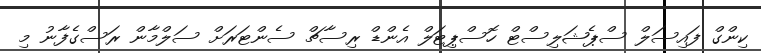
ކިންގް ފައިސަލް ސްޕެޝަލިސްޓް ހޮސްޕިޓަލް އެންޑް ރިސާޗް ސެންޓަރަށް ސަލްމާން ރަސްގެފާނު މި